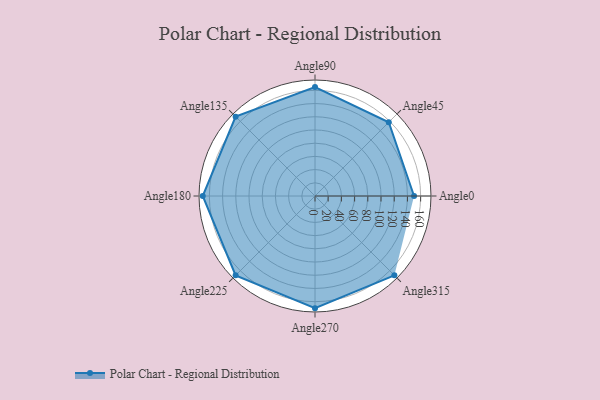
{"axis": {"x": "Angle", "y": "Radius"}, "legend": [""], "data": [{"x": "Angle0", "y": 150.0, "type": ""}, {"x": "Angle45", "y": 158.0, "type": ""}, {"x": "Angle90", "y": 165.0, "type": ""}, {"x": "Angle135", "y": 170, "type": ""}, {"x": "Angle180", "y": 170, "type": ""}, {"x": "Angle225", "y": 170, "type": ""}, {"x": "Angle270", "y": 170, "type": ""}, {"x": "Angle315", "y": 170, "type": ""}]}